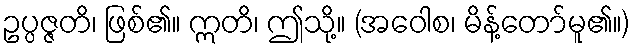
ဥပ္ပဇ္ဇတိ၊ ဖြစ်၏။ ဣတိ၊ ဤသို့။ (အဝေါစ၊ မိန့်တော်မူ၏။)